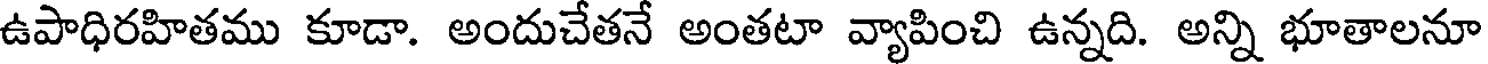
ఉపాధిరహితము కూడా. అందుచేతనే అంతటా వ్యాపించి ఉన్నది. అన్ని భూతాలనూ